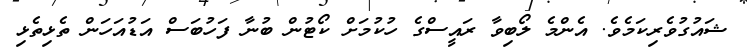
ޝައުގުވެރިކަމެވެ. އެންމެ ލޯބިވާ ރައީސްގެ ހުކުމަށް ކޯޓުން ބުނާ ފަހުބަސް އަޑުއަހަން ތެޅިތެޅި